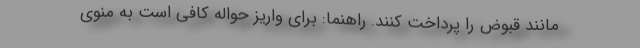
مانند قبوض را پرداخت کنند. راهنما: برای واریز حواله کافی است به منوی